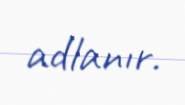
adlanır.